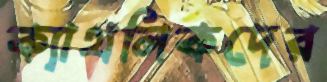
ক্যাথলিকদের